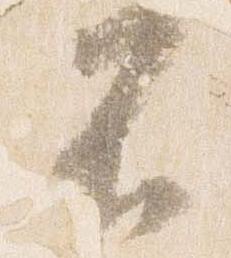
不